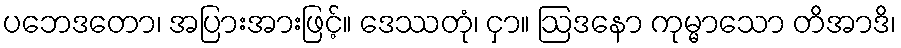
ပဘေဒတော၊ အပြားအားဖြင့်။ ဒေဿတုံ၊ ငှာ။ ဩဒနော ကုမ္မာသော တိအာဒိ၊